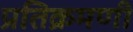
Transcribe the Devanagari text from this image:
प्रतिक्रमणी